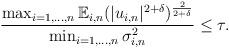
LaTeX: \begin{align*}\frac{\max_{i = 1, \hdots, n} \mathbb{E}_{i,n} (|u_{i,n}|^{2+\delta})^{\frac{2}{2+\delta}}}{\min_{i = 1, \hdots, n} \sigma_{i,n}^2} \leq \tau.\end{align*}